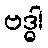
ဗဒ္ဓါ